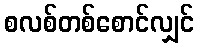
စလစ်တစ်စောင်လျှင်